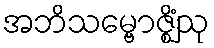
အဘိသမ္ဗောဇ္ဈိံသု